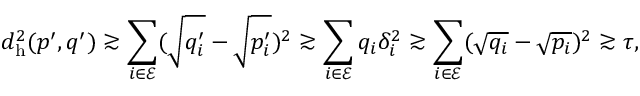
d _ { \mathrm { h } } ^ { 2 } ( p ^ { \prime } , q ^ { \prime } ) \gtrsim \sum _ { i \in \mathcal { E } } ( \sqrt { q _ { i } ^ { \prime } } - \sqrt { p _ { i } ^ { \prime } } ) ^ { 2 } \gtrsim \sum _ { i \in \mathcal { E } } q _ { i } \delta _ { i } ^ { 2 } \gtrsim \sum _ { i \in \mathcal { E } } ( \sqrt { q _ { i } } - \sqrt { p _ { i } } ) ^ { 2 } \gtrsim \tau ,